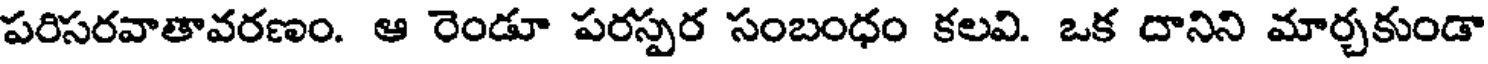
పరిసరవాతావరణం. ఆ రెండూ పరస్పర సంబంధం కలవి. ఒక దానిని మార్చకుండా